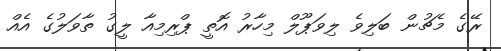
ރޭގެ މެޗުން ބަލިވެ ލިވަޕޫލް މިހާރު އޮތީ ޕްރިމިއާ ލީގު ތާވަލުގެ އެއް